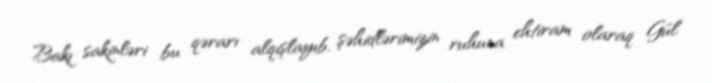
Bakı sakinləri bu qərarı alqışlayıb, şəhidlərimizin ruhuna ehtiram olaraq Gül